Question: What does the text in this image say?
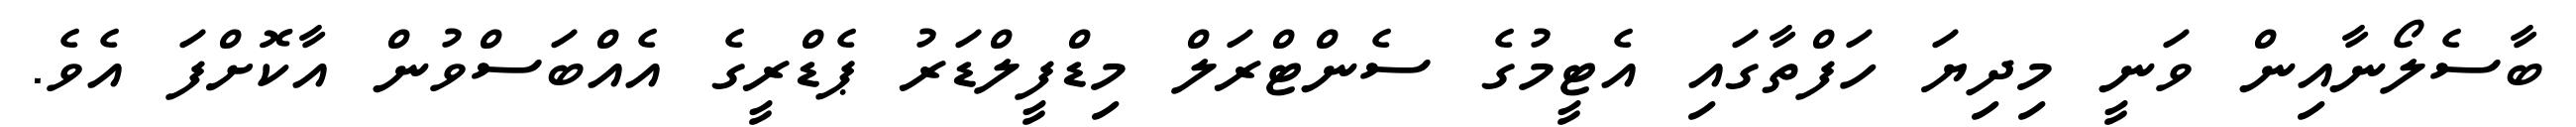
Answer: ބާސެލޯނާއިން ވަނީ މިދިޔަ ހަފްތާގައި އެޓީމުގެ ސެންޓްރަލް މިޑްފީލްޑަރު ޕެޑްރީގެ އެއްބަސްވުން އާކޮށްފަ އެވެ.